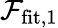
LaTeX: \mathcal{F}_{\mathrm{fit},1}